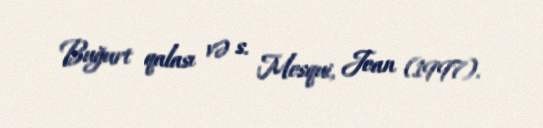
Buğurt qalası və s. Mesqui, Jean (1997).